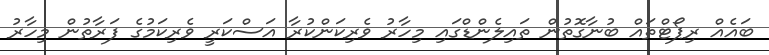
ބައެއް ރިޕޯޓްތައް ބުނާގޮތުން ތައިލެންޑްގައި މިހާރު ވެރިކަންކުރާ އަސްކަރީ ވެރިކަމުގެ ފަރާތުން މިހާރު